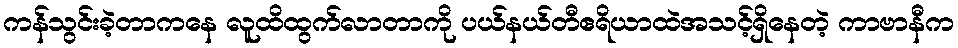
ကန်သွင်းခဲ့တာကနေ လူထိထွက်လာတာကို ပယ်နယ်တီဧရိယာထဲအသင့်ရှိနေတဲ့ ကာဗာနီက